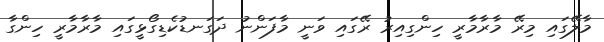
މާލޭގައި މިރޭ މާރާމާރީ ހިންގިއިރު ރޭގައި ވަނީ މާފަންނު ދަގަނޑުކެޑިގޯޅީގައި މާރާމާރީ ހިންގާ